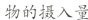
物的摄入量